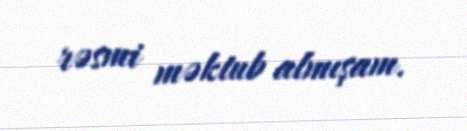
rəsmi məktub almışam.